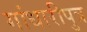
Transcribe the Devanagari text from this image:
गांधारीपुत्र